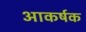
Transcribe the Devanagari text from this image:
अाकर्षक